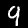
Digit: 9